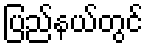
ပြည်နယ်တွင်